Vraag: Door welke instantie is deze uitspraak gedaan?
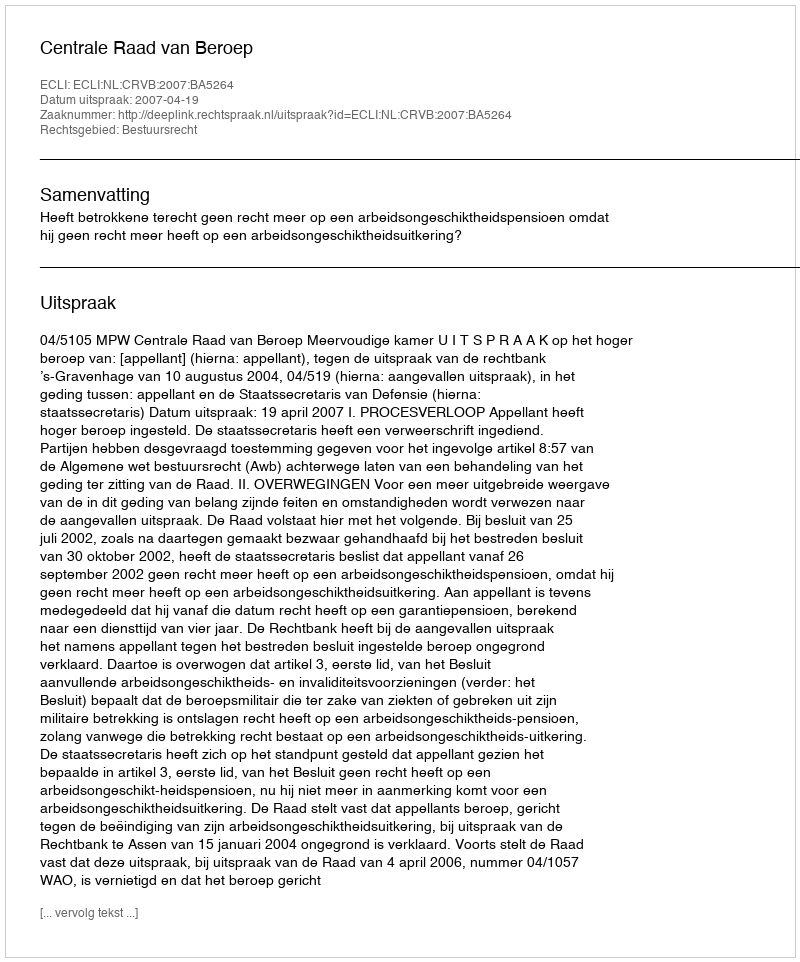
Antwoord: Centrale Raad van Beroep